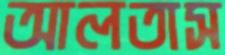
আলতাস